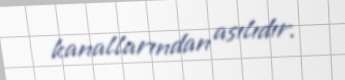
kanallarından asılıdır.